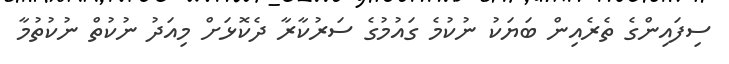
ސިފައިންގެ ތެރެއިން ބަޔަކު ނުކުމެ ގައުމުގެ ސަރުކާރާ ދެކޮޅަށް މިއަދު ނުކުތް ނުކުތުމާ